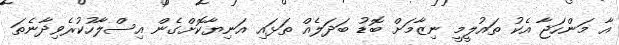
އާ މަންހަޖާ އެކު ތައުލީމީ ނިޒާމަށް ބޮޑު ބަދަލެއް ތަޅައި އަނިޔާކޮށްގެން އިސްލާހުކުރެވިދާނެތަ